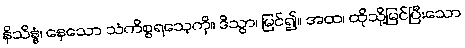
နိသိန္နံ၊ နေသော သံကိစ္စရသေ့ကို။ ဒိသွာ၊ မြင်၍။ အထ၊ ထိုသို့မြင်ပြီးသော